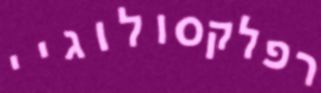
רפלקסולוגיי